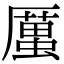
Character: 𠪿